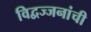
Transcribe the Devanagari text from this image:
विद्वज्जनांची